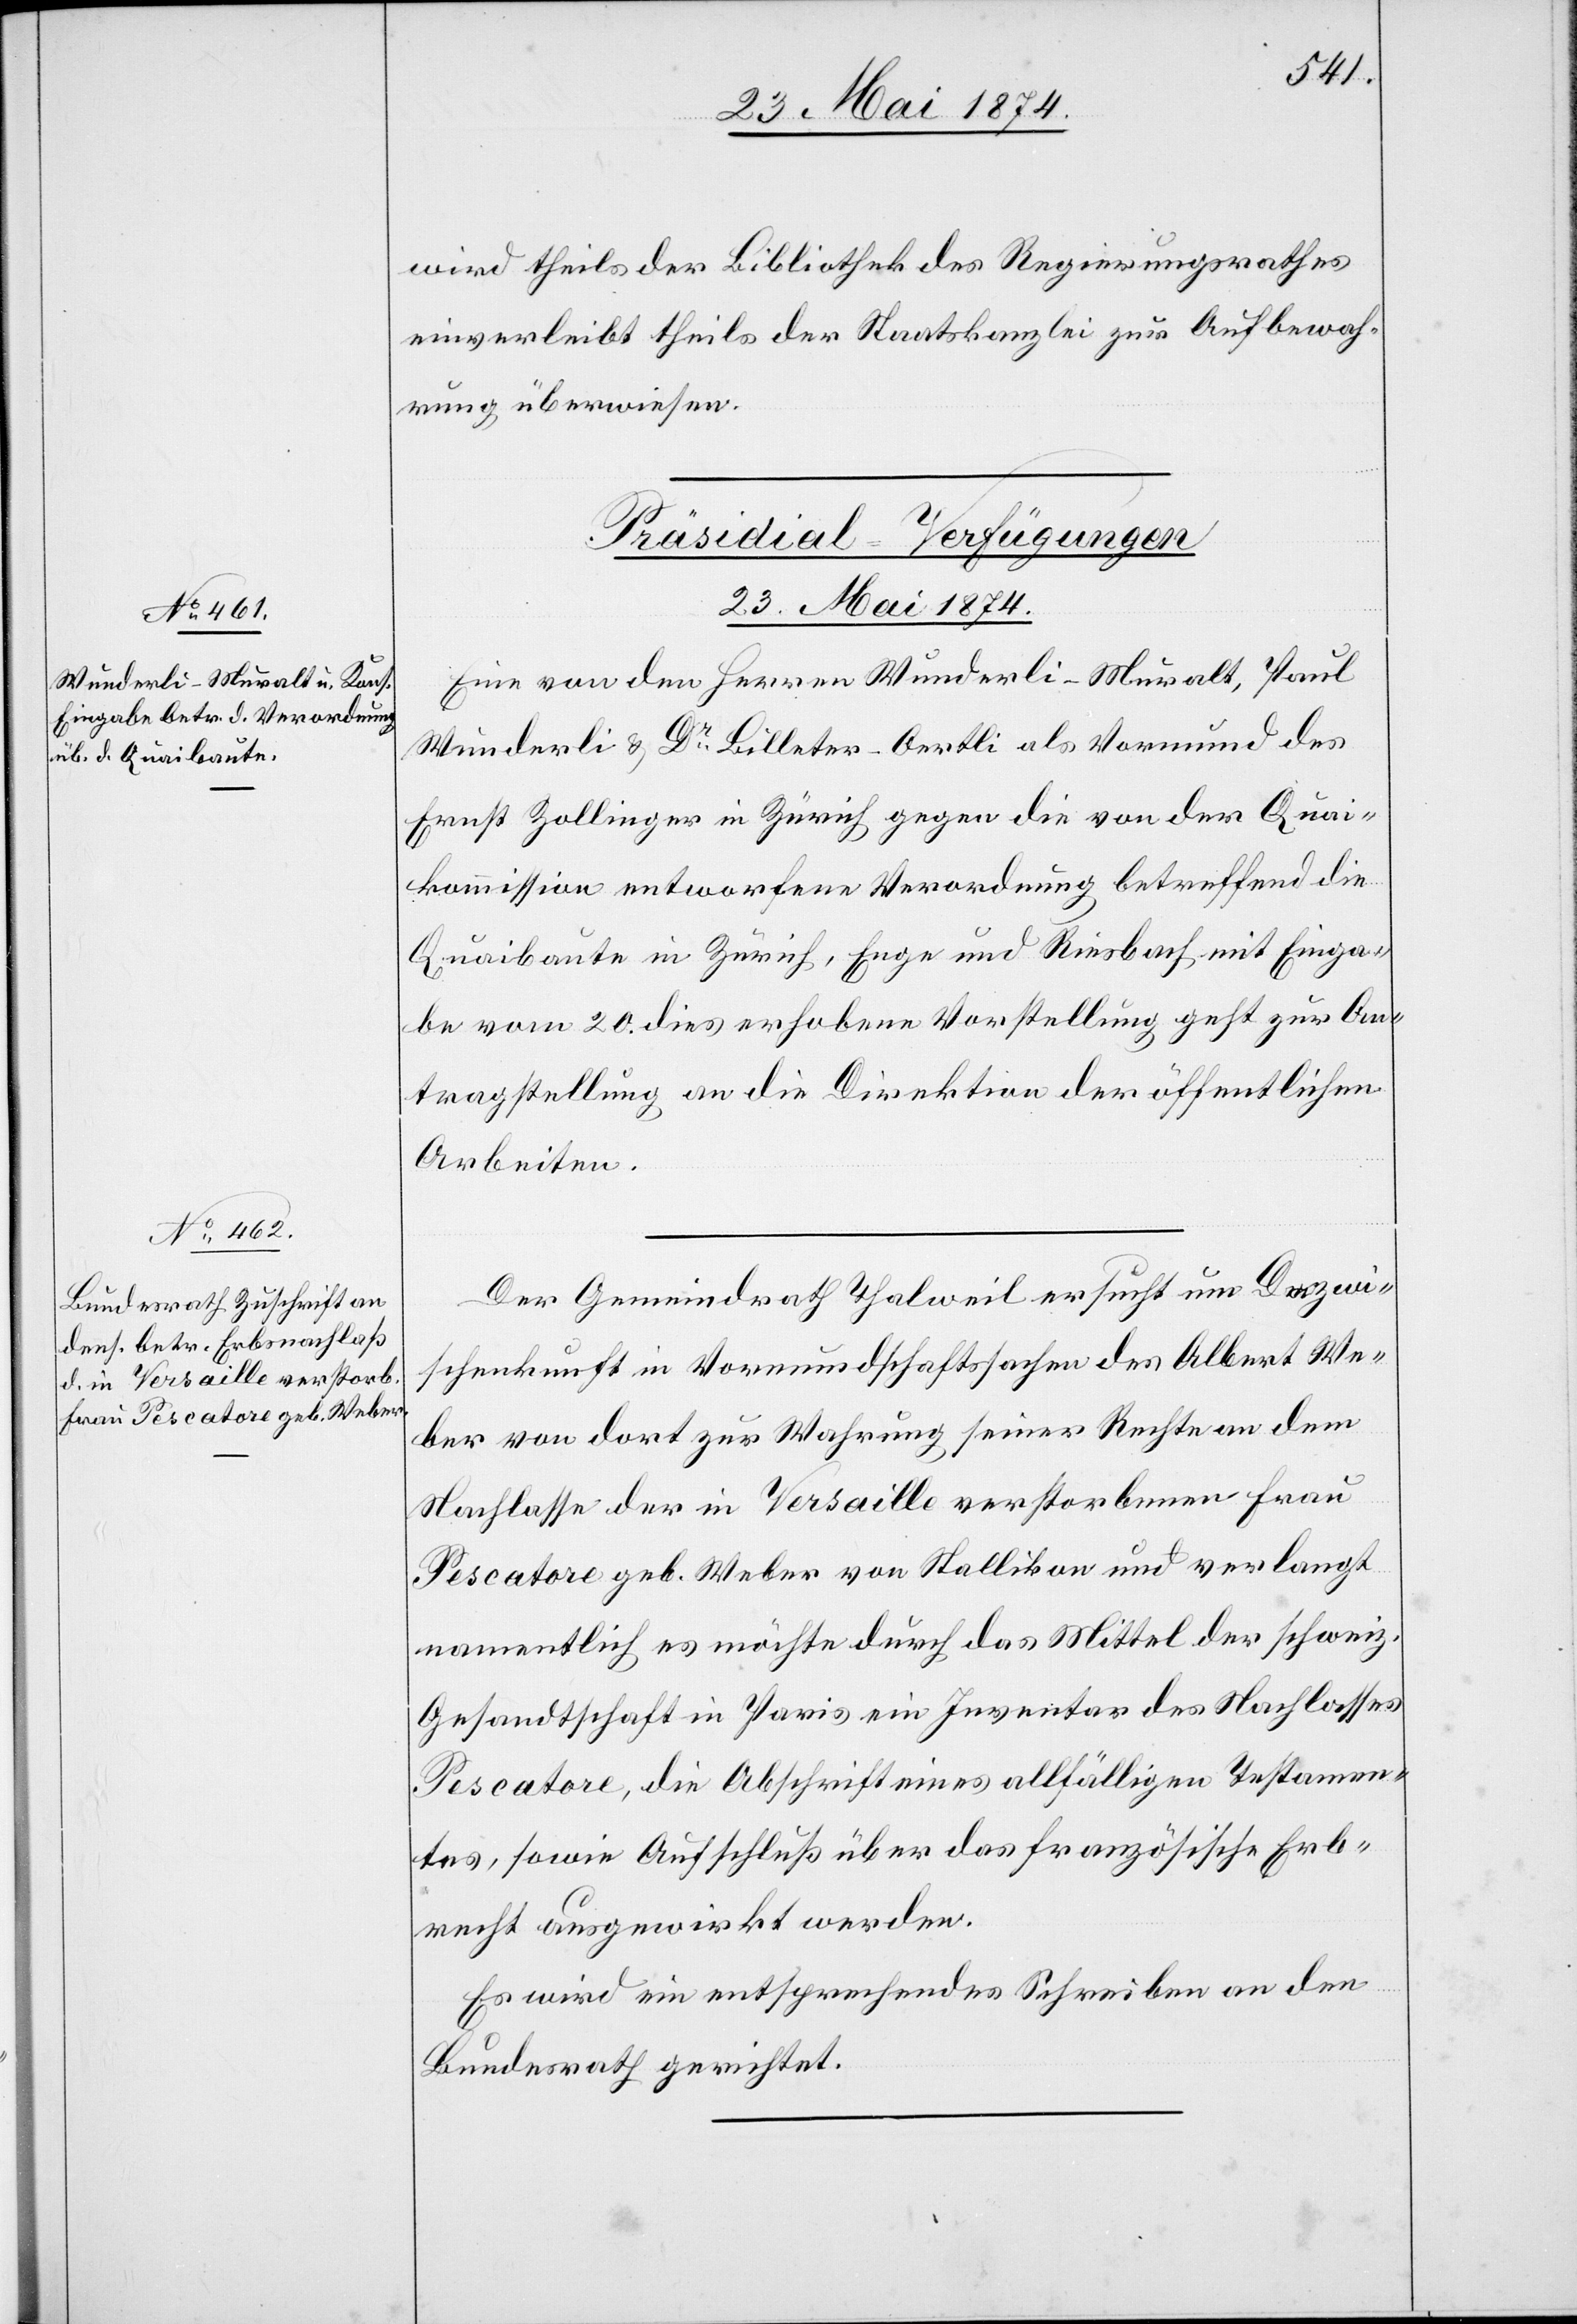
23. Mai 1874.]
wird theils der Bibliothek des Regierungsrathes
einverleibt theils der Staatskanzlei zur Aufbewah¬
rung überwiesen.
[Präsidial-Verfügungen
Eine von den Herren Wunderli-Muralt, Paul
Wunderli u. Dr Billeter-Oertli als Vormund des
Ernst Zollinger in Zürich gegen die von der Quai¬
kommission entworfene Verordnung betreffend die
Quaibaute in Zürich, Enge und Riesbach mit Einga¬
be vom 20. dies erhobene Vorstellung geht zur An¬
tragstellung an die Direktion der öffentlichen
Arbeiten.
Der Gemeindrath Thalweil ersucht um Dazwi¬
schenkunft in Vormundschaftssachen des Albert We¬
ber von dort zur Wahrung seiner Rechte an dem
Nachlasse der in Versaille verstorbenen Frau
Pescatore geb. Weber von Stallikon und verlangt
namentlich es möchte durch das Mittel der schweiz.
Gesandtschaft in Paris ein Inventar des Nachlasses
Pescatore, die Abschrift eines allfälligen Testamen¬
tes, sowie Aufschluß über das französische Erb¬
recht ausgewirkt werden.
Es wird ein entsprechendes Schreiben an den
Bundesrath gerichtet.